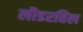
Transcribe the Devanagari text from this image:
लौडरहिल